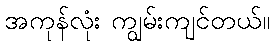
အကုန်လုံး ကျွမ်းကျင်တယ်။